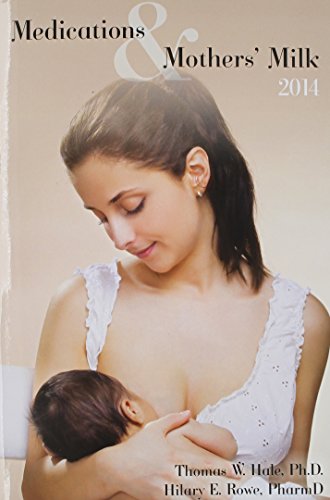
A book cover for Medications & Mothers' Milk (Medications and Mother's Milk); Thomas W., Ed. Hale; Medical Books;